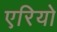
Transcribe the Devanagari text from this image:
एरियो